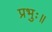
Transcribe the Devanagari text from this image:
प्रभुः॥